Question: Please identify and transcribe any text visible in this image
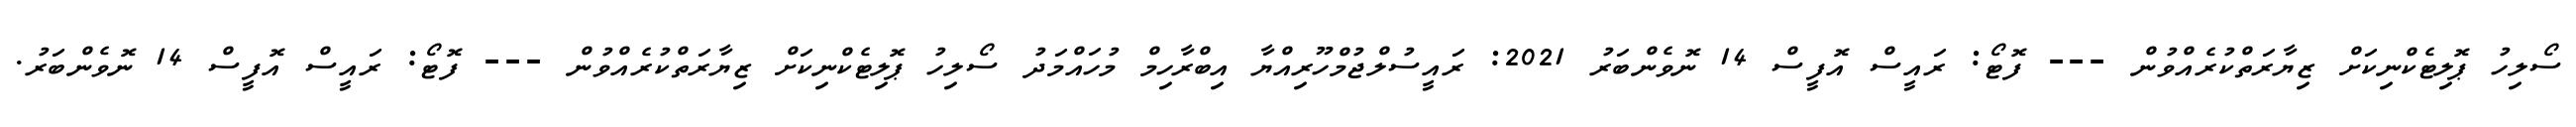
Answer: ސޯލިހު ޕޮލިޓެކްނިކަށް ޒިޔާރަތްކުރެއްވުން --- ފޮޓޯ: ރައީސް އޮފީސް 14 ނޮވެންބަރު 2021: ރައީސުލްޖުމްހޫރިއްޔާ އިބްރާހިމް މުހައްމަދު ސޯލިހު ޕޮލިޓެކްނިކަށް ޒިޔާރަތްކުރެއްވުން --- ފޮޓޯ: ރައީސް އޮފީސް 14 ނޮވެންބަރު.